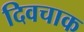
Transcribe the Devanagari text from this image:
दिवचाक